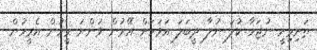
ތަށިމިށީ ނުޖަހާ ކުލަ ނުލާ ދީބަލަ އަވަހަށް އޭރުން ވަންނަ މީހުން އެމީހުން